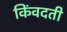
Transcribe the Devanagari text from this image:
किंवदती